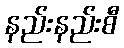
နည်းနည်းစီ